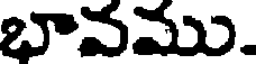
భావము.